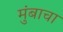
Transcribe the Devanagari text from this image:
मुंबाचा